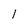
Character: 1